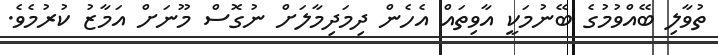
ތުވާލި ބޭއްވުމުގެ ބޭނުމަކީ އާވިތައް އެހެން ދިމަދިމާލަށް ނުގޮސް މޫނަށް އަމާޒު ކުރުމެވެ.